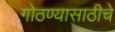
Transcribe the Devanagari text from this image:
गोठण्यासाठीचे